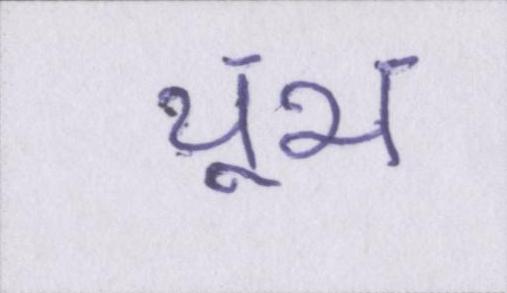
चूभ